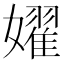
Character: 嬥